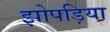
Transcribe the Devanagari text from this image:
झोपड़िया